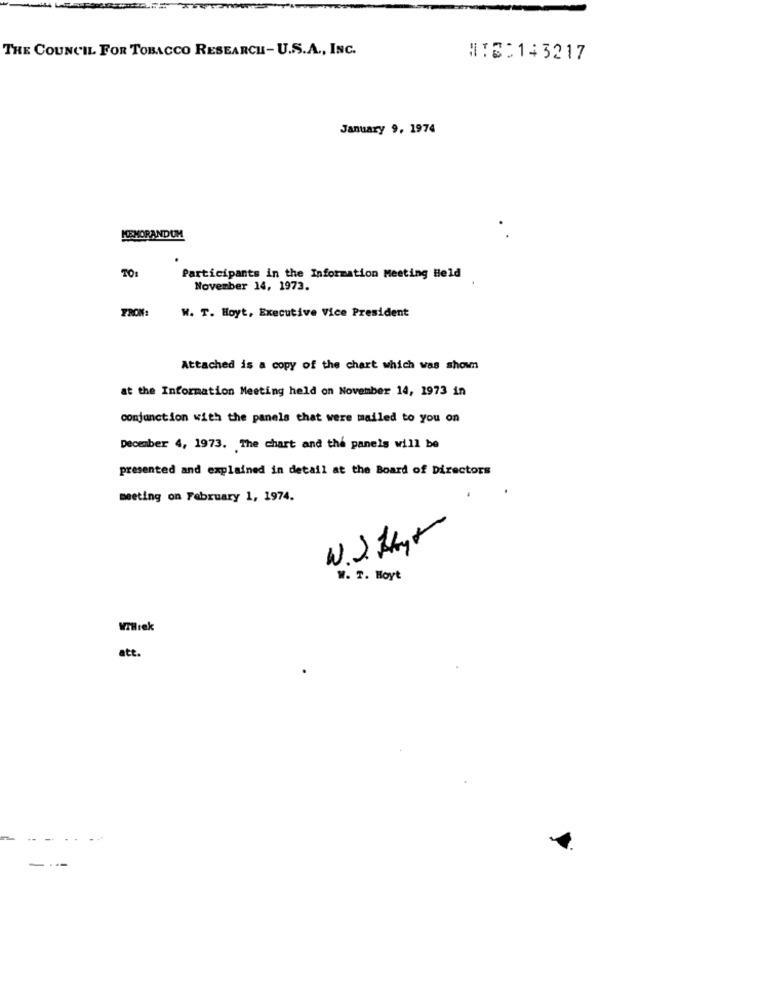
THE COUNCIL FOR TOBACCO RESEARCH-U.S.A ., INC.
WIE:143217
January 9, 1974
MEMORANDUM
TO:
Participants in the Information Meeting Held
November 14, 1973.
FRON:
W. T. Hoyt, Executive Vice President
Attached is a copy of the chart which was shown
at the Information Meeting held on November 14, 1973 in
conjunction with the panels that were mailed to you on
December 4, 1973. The chart and the panels will be
presented and explained in detail at the Board of Directors
meeting on February 1, 1974.
W.J. Hayr
W. T. Hoyt
att.